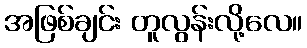
အဖြစ်ချင်း တူလွန်းလို့လေ။